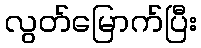
လွတ်မြောက်ပြီး